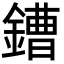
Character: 鏪